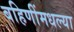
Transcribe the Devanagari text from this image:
बहिणींमधल्या